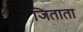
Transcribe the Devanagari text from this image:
जिताता